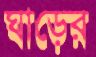
ঘাড়ের